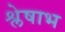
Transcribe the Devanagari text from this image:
श्लेषाभ